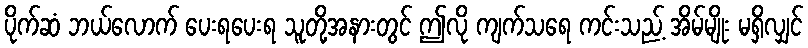
ပိုက်ဆံ ဘယ်လောက် ပေးရပေးရ သူတို့အနားတွင် ဤလို ကျက်သရေ ကင်းသည့် အိမ်မျိုး မရှိလျှင်